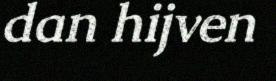
dan hijven